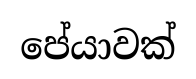
පේයාවක්